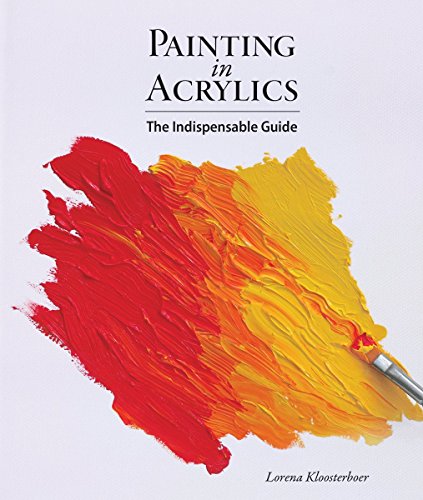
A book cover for Painting in Acrylics: The Indispensable Guide; Lorena Kloosterboer; Arts & Photography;